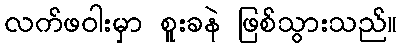
လက်ဖဝါးမှာ စူးခနဲ ဖြစ်သွားသည်။